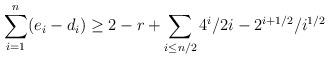
LaTeX: \begin{align*}\sum _{i=1}^n (e_i -d_i )\geq 2-r+\sum _{i\leq n/2}4^i /2i -2^{i+1/2}/i^{1/2}\end{align*}